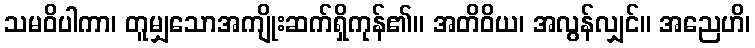
သမဝိပါကာ၊ တူမျှသောအကျိုးဆက်ရှိကုန်၏။ အတိဝိယ၊ အလွန်လျှင်။ အညေဟိ၊